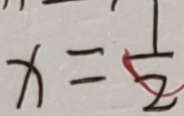
x = \frac { 1 } { 2 }